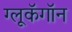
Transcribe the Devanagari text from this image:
ग्लूकॅगॉन